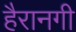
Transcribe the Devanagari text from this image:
हैरानगी